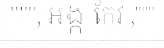
""", អង្ក កែវ ,"""